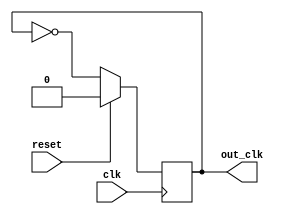
module divided_two(clk,reset,out_clk);

input clk, reset;
output reg out_clk;

always @(posedge clk) begin
    if (reset) 
        out_clk<=1'b0;
    else 
        out_clk = ~out_clk;
end

endmodule